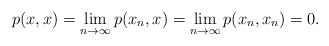
\begin{align*}p(x,x)=\lim_{n\to\infty}p(x_n,x)=\lim_{n\to\infty}p(x_n,x_n)=0.\end{align*}